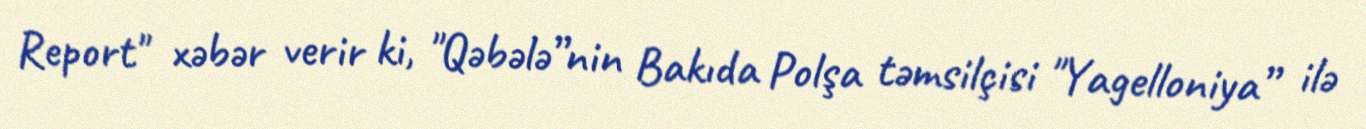
Report" xəbər verir ki, "Qəbələ”nin Bakıda Polşa təmsilçisi "Yagelloniya” ilə